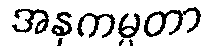
အနုကမ္ပတာ